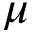
\mu